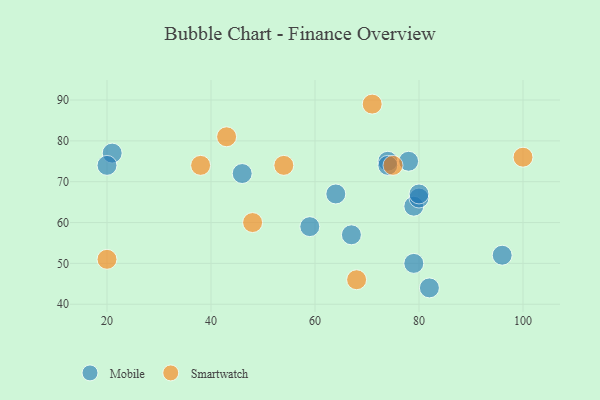
{"axis": {"x": "GDP", "y": "Life Expectancy"}, "legend": ["Mobile", "Smartwatch"], "data": [{"x": "46", "y": 72, "type": "Mobile"}, {"x": "79", "y": 50, "type": "Mobile"}, {"x": "21", "y": 77, "type": "Mobile"}, {"x": "78", "y": 75, "type": "Mobile"}, {"x": "79", "y": 64, "type": "Mobile"}, {"x": "96", "y": 52, "type": "Mobile"}, {"x": "20", "y": 74, "type": "Mobile"}, {"x": "80", "y": 66, "type": "Mobile"}, {"x": "74", "y": 75, "type": "Mobile"}, {"x": "74", "y": 74, "type": "Mobile"}, {"x": "59", "y": 59, "type": "Mobile"}, {"x": "80", "y": 67, "type": "Mobile"}, {"x": "64", "y": 67, "type": "Mobile"}, {"x": "67", "y": 57, "type": "Mobile"}, {"x": "82", "y": 44, "type": "Mobile"}, {"x": "48", "y": 60, "type": "Smartwatch"}, {"x": "75", "y": 74, "type": "Smartwatch"}, {"x": "54", "y": 74, "type": "Smartwatch"}, {"x": "43", "y": 81, "type": "Smartwatch"}, {"x": "38", "y": 74, "type": "Smartwatch"}, {"x": "20", "y": 51, "type": "Smartwatch"}, {"x": "68", "y": 46, "type": "Smartwatch"}, {"x": "71", "y": 89, "type": "Smartwatch"}, {"x": "100", "y": 76, "type": "Smartwatch"}]}